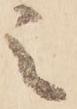
之